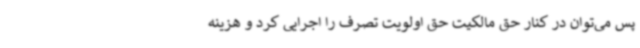
پس می‌توان در کنار حق مالکیت حق اولویت تصرف را اجرایی کرد و هزینه